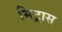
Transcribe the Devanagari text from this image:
मिट्रास